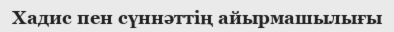
Хадис пен сүннәттiң айырмашылығы